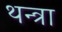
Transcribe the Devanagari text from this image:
थन्त्रा